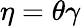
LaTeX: \eta=\theta\gamma